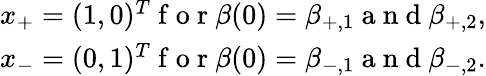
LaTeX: \begin{array}{r}{x_{+}=(1,0)^{T}\mathrm{~f~o~r~}\beta(0)=\beta_{+,1}\mathrm{~a~n~d~}\beta_{+,2},}\\ {x_{-}=(0,1)^{T}\mathrm{~f~o~r~}\beta(0)=\beta_{-,1}\mathrm{~a~n~d~}\beta_{-,2}.}\end{array}